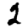
Digit: 2